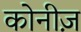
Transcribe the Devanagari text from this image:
कोनीज़